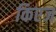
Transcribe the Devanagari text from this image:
किएज